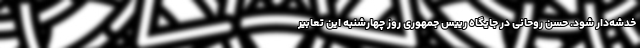
خدشه‌دار شود. حسن روحانی در جایگاه رییس جمهوری روز چهارشنبه این تعابیر